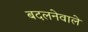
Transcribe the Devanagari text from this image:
बदलनेवाले